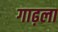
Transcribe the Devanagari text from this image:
गाढ़ला